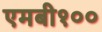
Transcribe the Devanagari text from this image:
एमबी१००